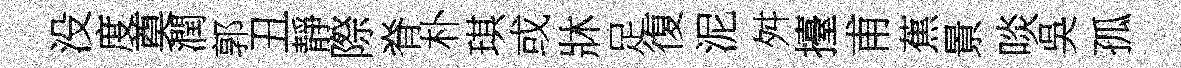
没度奠潤郭丑靜際脊朴琪或牀足復泥舛擡甫蕉㬌啖吳孤